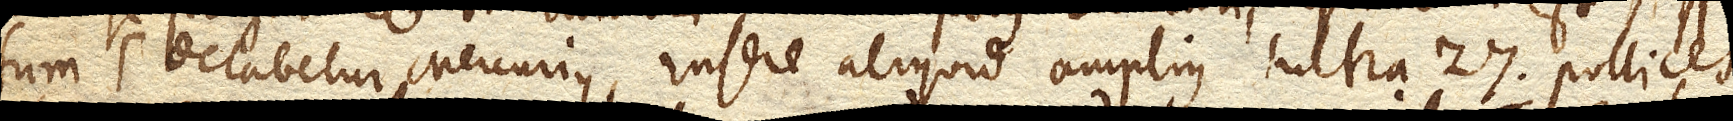
sum, delabitur Mercurius, insere aliquid amplius ultra 27. pollices